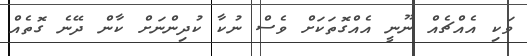
ވަކި އެއްޗެއް ނޫނީ އެއްގޮތަކަށް ވެސް ނުކާ ކުދިންނަށް ކާން ދޭނެ ގޮތެއް